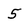
Character: 5